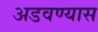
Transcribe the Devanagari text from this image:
अडवण्यास